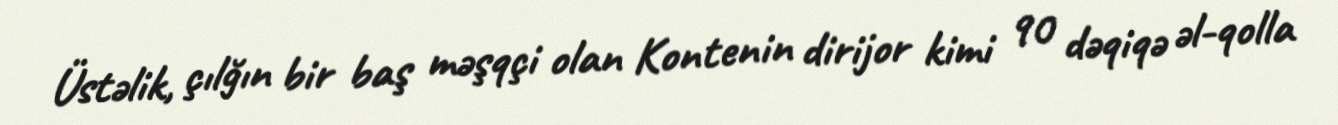
Üstəlik, çılğın bir baş məşqçi olan Kontenin dirijor kimi 90 dəqiqə əl-qolla